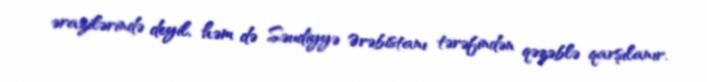
ərazilərində deyil, həm də Səudiyyə Ərəbistanı tərəfindən qəzəblə qarşılanır.